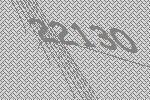
22130